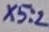
Text: X5:2